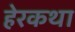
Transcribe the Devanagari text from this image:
हेरकथा